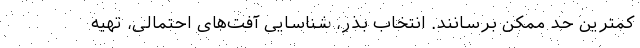
کمترین حد ممکن برسانند. انتخاب بذر، شناسایی آفت‌های احتمالی، تهیه